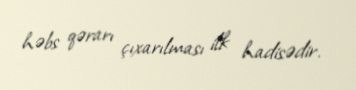
həbs qərarı çıxarılması ilk hadisədir.